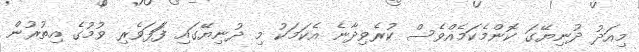
މިއަދު ދުނިޔޭގަ ކޮންމެކަމެއްވެސް ކުރެވިދާނެ އެކަމަކު މި ދުނިޔޭގައި ފަަފަވެރި ވުމުގެ އިތުރުން